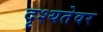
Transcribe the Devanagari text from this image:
दृश्यतेवर